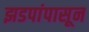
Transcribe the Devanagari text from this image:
झडपांपासून